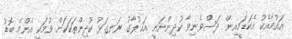
އައުމާއެކު އެކަޑަމީއިން ދަސްވެނިވާ ކުދިންނަނީ އަޙުލާގު ރަނގަޅު ކުދިންތަކަކަށް ވުމަކީ އެންމެ ބޮޑު